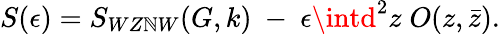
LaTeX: S(\epsilon)=S_{WZ\mathbb{N}W}(G,k)~-~\epsilon\intd^{2}z\; O(z,\bar{{z}}).